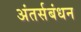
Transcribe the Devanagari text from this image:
अंतर्सबंधन